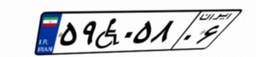
۸۹W۷۳۶۷۸